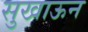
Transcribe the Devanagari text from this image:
सुखाऊन